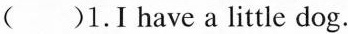
()1.I have a little dog.